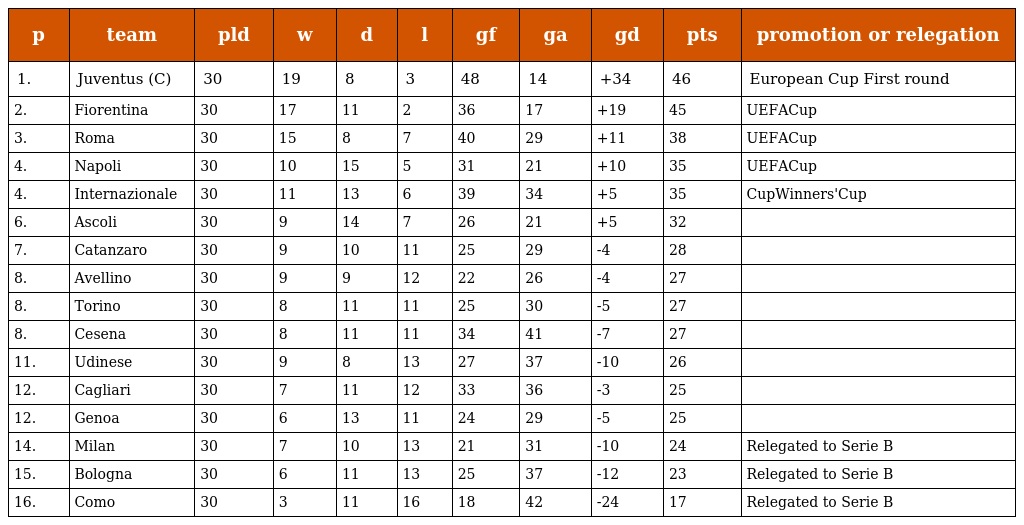
| p | team | pld | w | d | l | gf | ga | gd | pts | promotion or relegation |
 | --- | --- | --- | --- | --- | --- | --- | --- | --- | --- | --- |
 | 1. | Juventus (C) | 30 | 19 | 8 | 3 | 48 | 14 | +34 | 46 | European Cup First round |
 | 2. | Fiorentina | 30 | 17 | 11 | 2 | 36 | 17 | +19 | 45 | UEFACup |
 | 3. | Roma | 30 | 15 | 8 | 7 | 40 | 29 | +11 | 38 | UEFACup |
 | 4. | Napoli | 30 | 10 | 15 | 5 | 31 | 21 | +10 | 35 | UEFACup |
 | 4. | Internazionale | 30 | 11 | 13 | 6 | 39 | 34 | +5 | 35 | CupWinners'Cup |
 | 6. | Ascoli | 30 | 9 | 14 | 7 | 26 | 21 | +5 | 32 |  |
 | 7. | Catanzaro | 30 | 9 | 10 | 11 | 25 | 29 | -4 | 28 |  |
 | 8. | Avellino | 30 | 9 | 9 | 12 | 22 | 26 | -4 | 27 |  |
 | 8. | Torino | 30 | 8 | 11 | 11 | 25 | 30 | -5 | 27 |  |
 | 8. | Cesena | 30 | 8 | 11 | 11 | 34 | 41 | -7 | 27 |  |
 | 11. | Udinese | 30 | 9 | 8 | 13 | 27 | 37 | -10 | 26 |  |
 | 12. | Cagliari | 30 | 7 | 11 | 12 | 33 | 36 | -3 | 25 |  |
 | 12. | Genoa | 30 | 6 | 13 | 11 | 24 | 29 | -5 | 25 |  |
 | 14. | Milan | 30 | 7 | 10 | 13 | 21 | 31 | -10 | 24 | Relegated to Serie B |
 | 15. | Bologna | 30 | 6 | 11 | 13 | 25 | 37 | -12 | 23 | Relegated to Serie B |
 | 16. | Como | 30 | 3 | 11 | 16 | 18 | 42 | -24 | 17 | Relegated to Serie B |